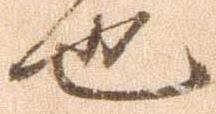
也